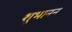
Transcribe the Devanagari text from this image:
शुभानन